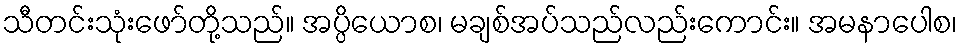
သီတင်းသုံးဖော်တို့သည်။ အပ္ပိယောစ၊ မချစ်အပ်သည်လည်းကောင်း။ အမနာပေါစ၊